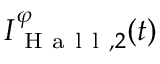
I _ { \mathrm { ~ H ~ a ~ l ~ l ~ } , 2 } ^ { \varphi } ( t )